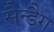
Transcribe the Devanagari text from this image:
सैन्डैग